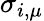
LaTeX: \sigma_{i,\mu}